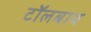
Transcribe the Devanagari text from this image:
टॉलबाथ